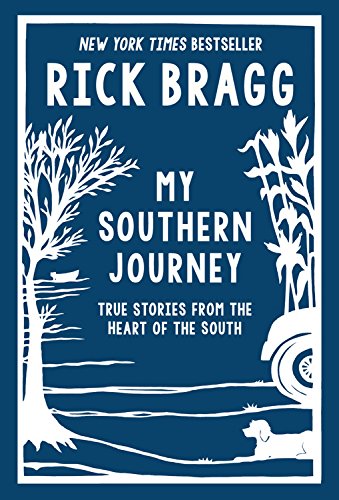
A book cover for My Southern Journey: True Stories from the Heart of the South; Rick Bragg; Literature & Fiction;